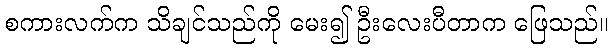
စကားလက်က သိချင်သည်ကို မေး၍ ဦးလေးပီတာက ဖြေသည်။